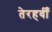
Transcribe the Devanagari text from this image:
तेरहवीँ